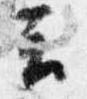
云